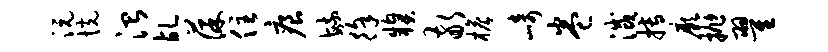
沅恍治乩葆住痕毓徐糗敬檐崎卷灭搏厥抛翟